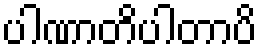
ပါဏာတိပါတာပိ